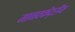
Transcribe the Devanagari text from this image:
मानवकेंद्रीय